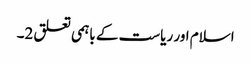
اسلام اور ریاست کے باہمی تعلق 2۔